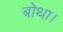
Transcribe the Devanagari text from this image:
बोथा।